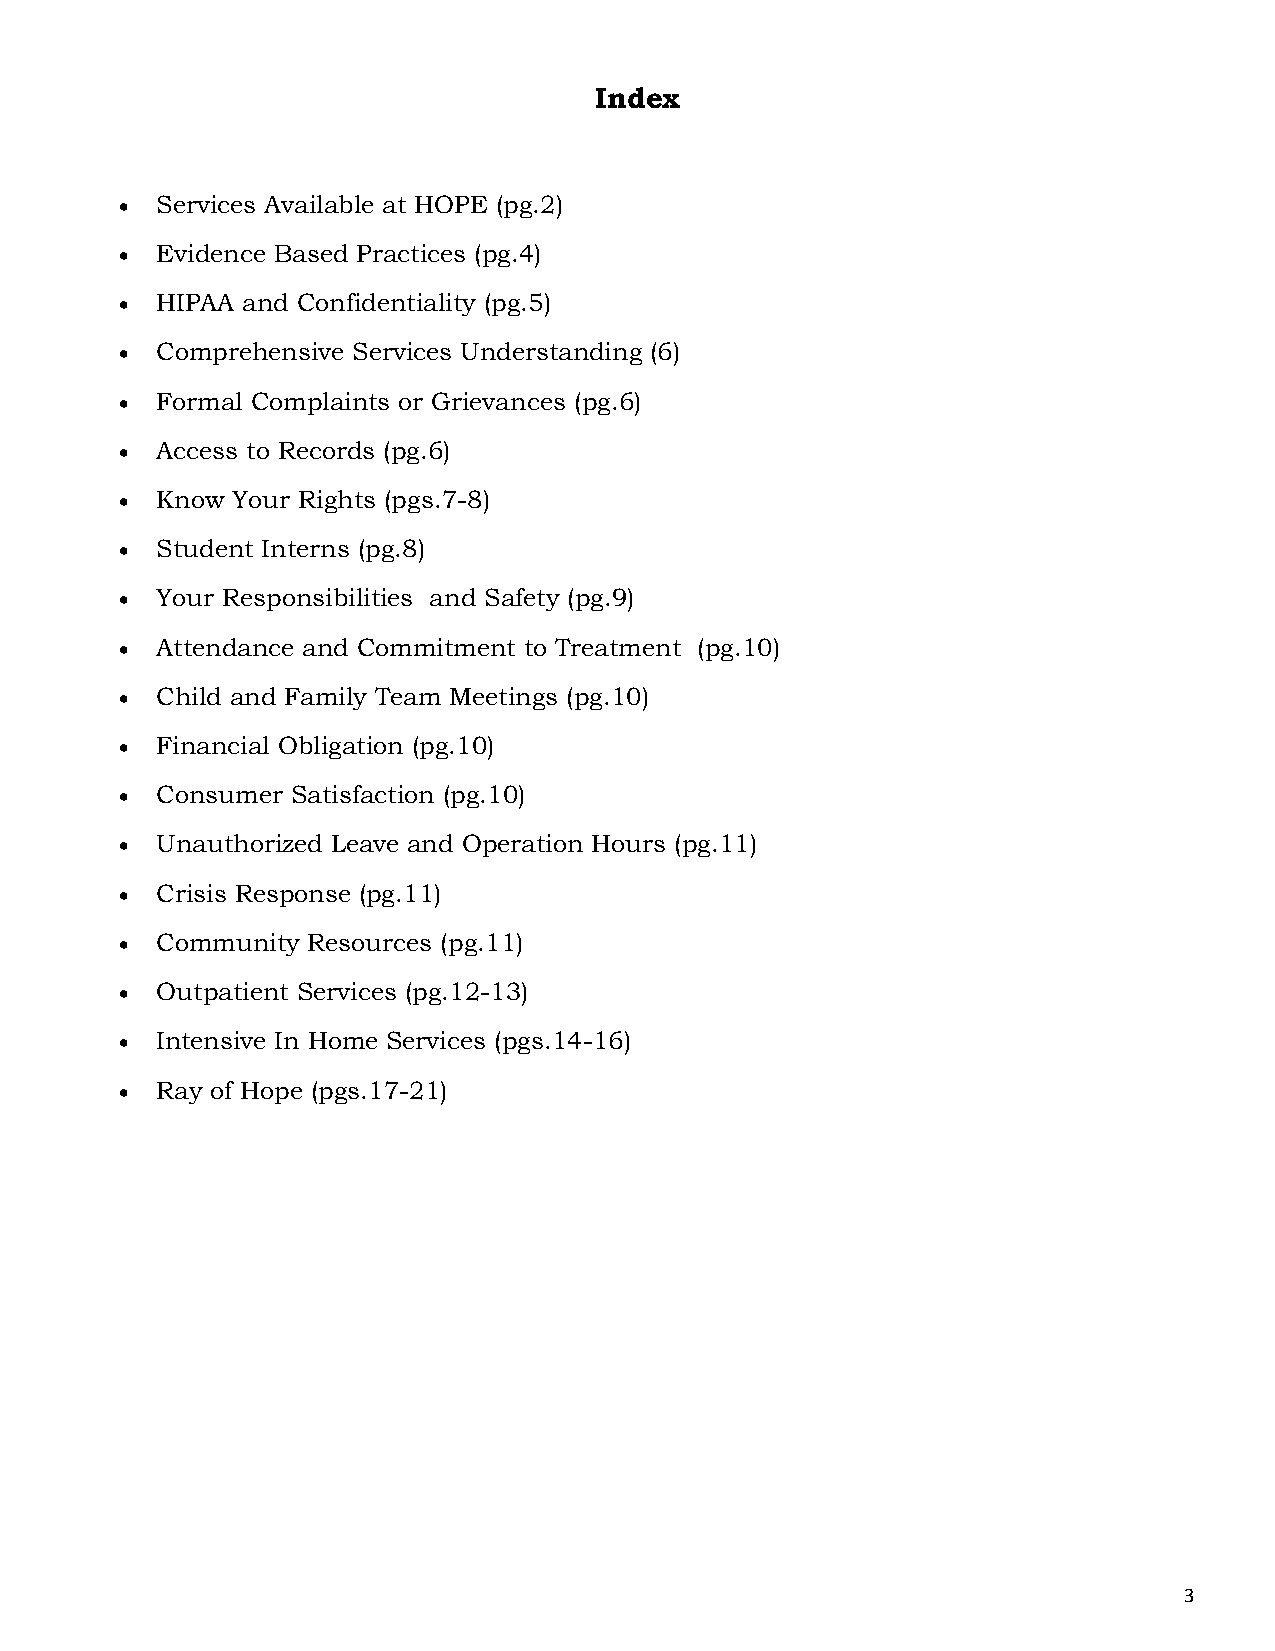
Index
  Services Available at HOPE (pg.2)
  Evidence Based Practices (pg.4)
  HIPAA and Confidentiality (pg.5)
  Comprehensive Services Understanding (6)
  Formal Complaints or Grievances (pg.6)
  Access to Records (pg.6)
  Know Your Rights (pgs.7-8)
  Student Interns (pg.8)
  Your Responsibilities and Safety (pg.9)
  Attendance and Commitment to Treatment (pg.10)
  Child and Family Team Meetings (pg.10)
  Financial Obligation (pg.10)
  Consumer Satisfaction (pg.10)
  Unauthorized Leave and Operation Hours (pg.11)
  Crisis Response (pg.11)
  Community Resources (pg.11)
  Outpatient Services (pg.12-13)
  Intensive In Home Services (pgs.14-16)
  Ray of Hope (pgs.17-21)
 3